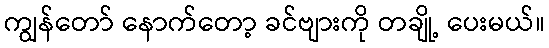
ကျွန်တော် နောက်တော့ ခင်ဗျားကို တချို့ ပေးမယ်။